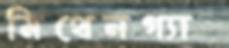
মিথেনগ্যাস